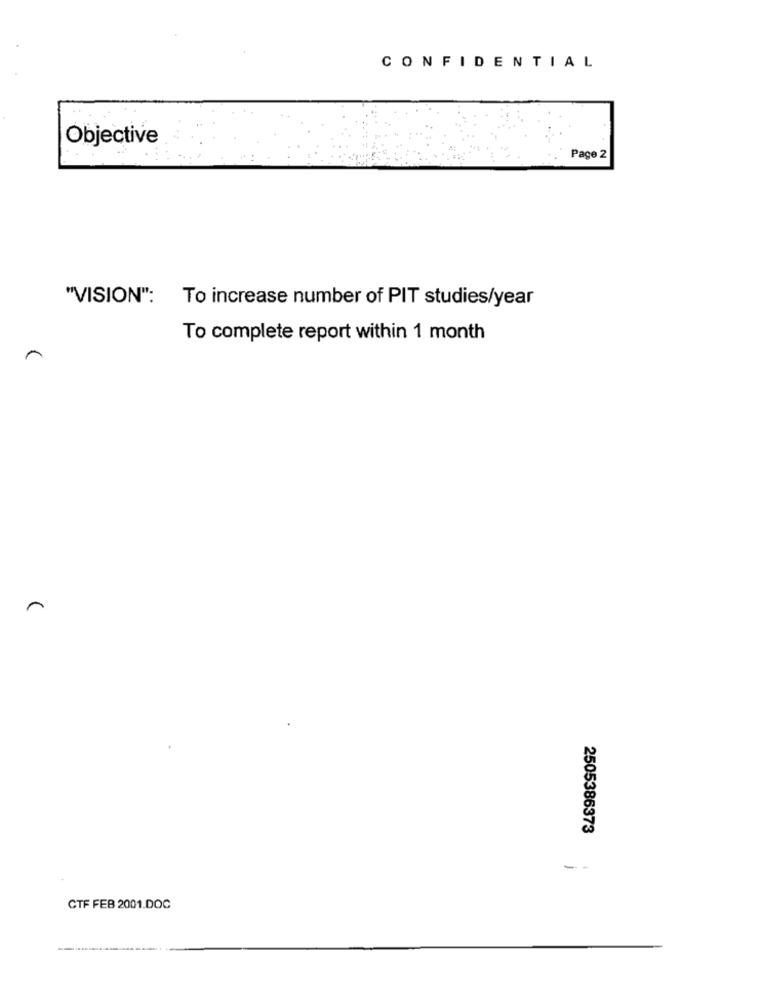
CONFIDENTIAL
Objective
Page 2
"VISION":
To increase number of PIT studies/year
To complete report within 1 month
2505386373
CTF FEB 2001.DOC